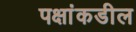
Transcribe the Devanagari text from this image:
पक्षांकडील